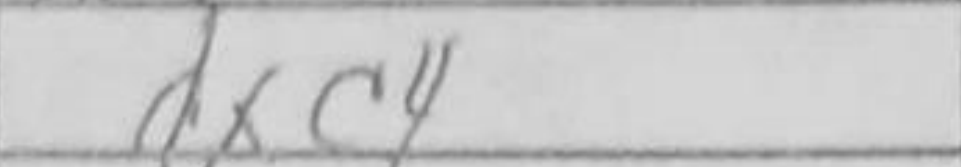
Transcription: dxc4